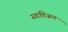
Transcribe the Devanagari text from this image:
स्वातिजल